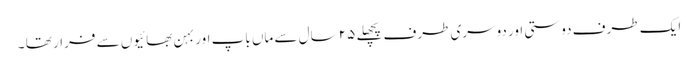
ایک طرف دوستی اور دوسری طرف پچھلے ٢۵ سال سے ماں باپ اور بہن بھائیوں سے فرار تھا ۔